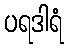
ပရဒါရံ